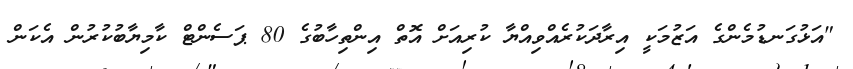
"އަޅުގަނޑުމެންގެ އަޒުމަކީ އިރާދަކުރެއްވިއްޔާ ކުރިއަށް އޮތް އިންތިހާބުގެ 80 ޕަސެންޓް ކާމިޔާބުކުރުން އެކަން